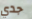
جدي